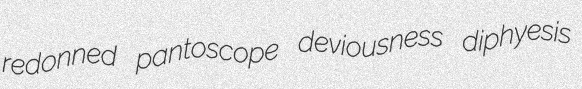
redonned pantoscope deviousness diphyesis